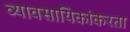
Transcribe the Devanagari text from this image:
व्यावसायिकांकरता